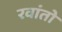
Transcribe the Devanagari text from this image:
रवांतो